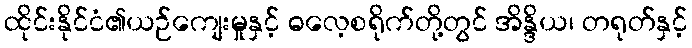
ထိုင်းနိုင်ငံ၏ယဉ်ကျေးမှုနှင့် ဓလေ့စရိုက်တို့တွင် အိန္ဒိယ၊ တရုတ်နှင့်